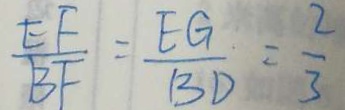
\frac { E F } { B F } = \frac { E G } { B D } = \frac { 2 } { 3 }